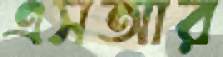
এসআর